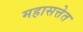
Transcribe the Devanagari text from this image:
महासत्तेत